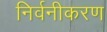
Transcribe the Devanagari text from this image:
निर्वनीकरण